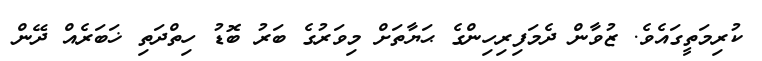
ކުރިމަތީގައެވެ. ޒުވާން ދެމަފިރިހިންގެ ޙަޔާތަށް މިވަރުގެ ބަރު ބޮޑު ހިތްދަތި ޚަބަރެއް ދޭން